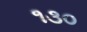
૧૩૦